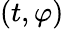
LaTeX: (t,\varphi)